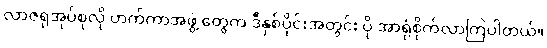
လာဇရုအုပ်စုလို ဟက်ကာအဖွဲ့ တွေက ဒီနှစ်ပိုင်းအတွင်း ပို အာရုံစိုက်လာကြပါတယ်။